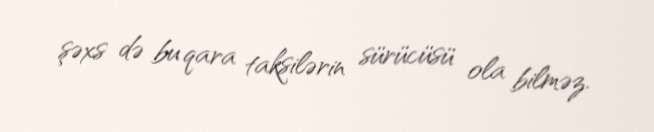
şəxs də bu qara taksilərin sürücüsü ola bilməz.